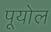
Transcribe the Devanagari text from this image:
पूयोल